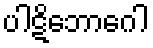
ပါဋိဘောဂေါ